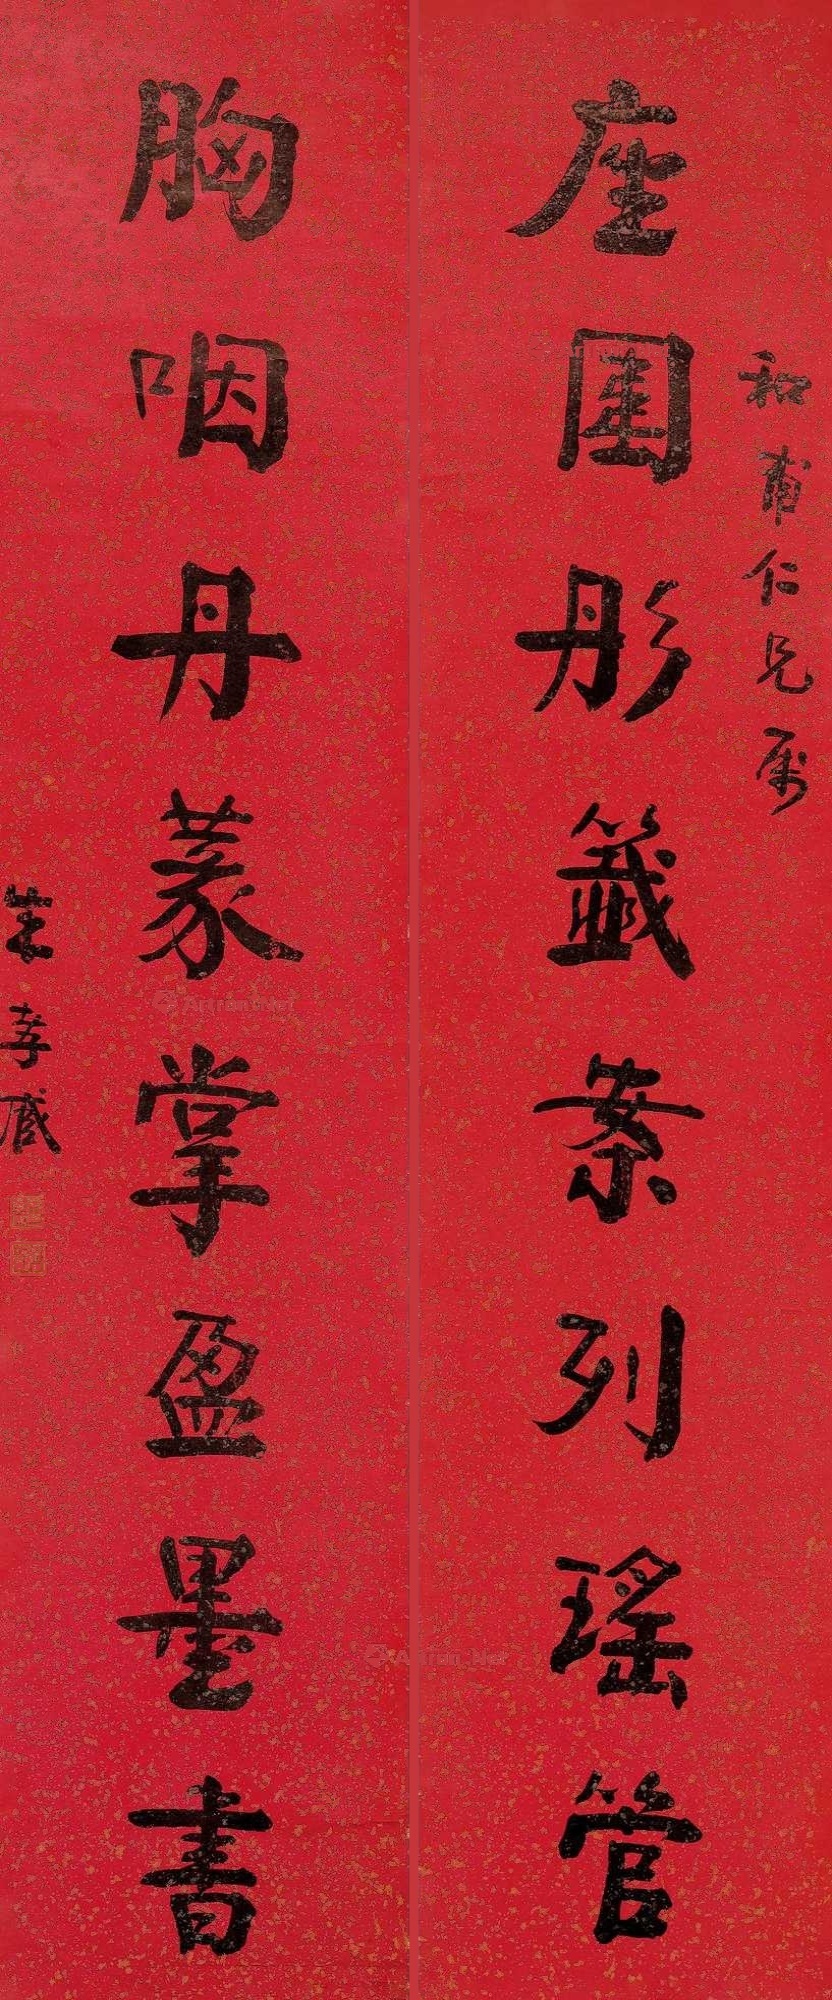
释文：座围彤签案列瑶管，胸咽丹篆掌盈墨书。和甫仁兄属，朱孝臧。